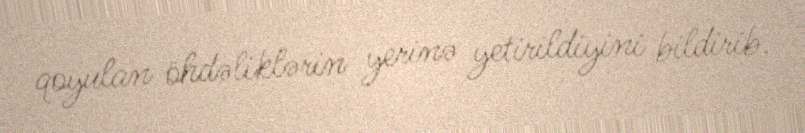
qoyulan öhdəliklərin yerinə yetirildiyini bildirib.